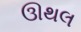
ઊથલ